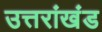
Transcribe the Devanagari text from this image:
उत्तरांखंड